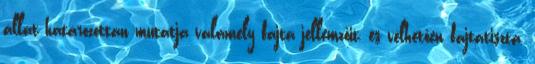
állat határozottan mutatja valamely fajta jellemzőit, és vélhetően fajtatiszta,